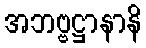
အဘဗ္ဗဋ္ဌာနာနိ